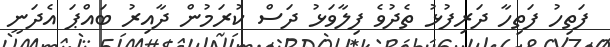
ފަތިހު ފަތިހާ ދަރިފުޅު ތެދުވެ ފިލާވަޅު ދަސް ކުރަމުން ދާއިރު ބައްޕަ އެދަނީ